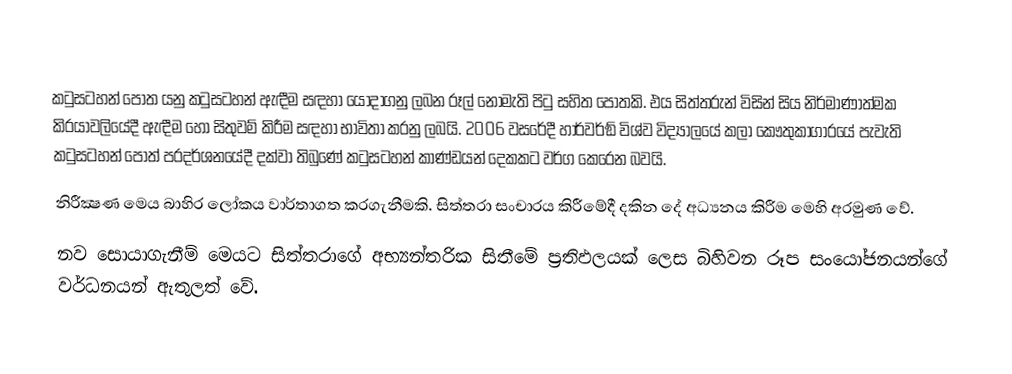
කටුසටහන් පොත යනු කටුසටහන් ඇඳීම සඳහා යොදාගනු ලබන රූල් නොමැති පිටු සහිත පොතකි. එය සිත්තරුන් විසින් සිය නිර්මාණාත්මක කි‍්‍රයාවලියේදී ඇඳීම හෝ සිතුවම් කිරීම සඳහා භාවිතා කරනු ලබයි. 2006 වසරේදී හාර්වර්ඞ් විශ්ව විද්‍යාලයේ කලා කෞතුකාගාරයේ පැවැති කටුසටහන් පොත් ප‍්‍රදර්ශනයේදී දක්වා තිබුණේ කටුසටහන් කාණ්ඩයන් දෙකකට වර්ග කෙරෙන බවයි.
	නිරීක්‍ෂණ මෙය බාහිර ලෝකය වාර්තාගත කරගැනීමකි. සිත්තරා සංචාරය කිරීමේදී දකින දේ අධ්‍යනය කිරීම මෙහි අරමුණ වේ.
	නව සොයාගැනීම් මෙයට සිත්තරාගේ අභ්‍යන්තරික සිතීමේ ප‍්‍රතිඵලයක් ලෙස බිහිවන රූප සංයෝජනයන්ගේ වර්ධනයන් ඇතුලත් වේ.